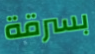
بسرقة